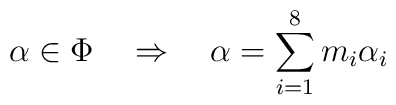
\alpha\in\Phi\quad\Rightarrow\quad\alpha=\sum_{i=1}^8m_i\alpha_i